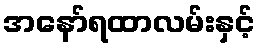
အနော်ရထာလမ်းနှင့်